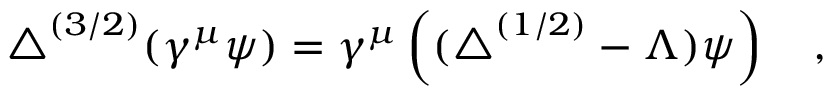
\triangle ^ { ( 3 / 2 ) } ( \gamma ^ { \mu } \psi ) = \gamma ^ { \mu } \left( ( \triangle ^ { ( 1 / 2 ) } - \Lambda ) \psi \right) ~ ~ ~ ,